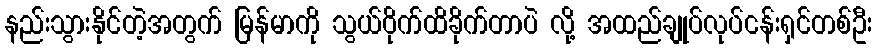
နည်းသွားနိုင်တဲ့အတွက် မြန်မာကို သွယ်ဝိုက်ထိခိုက်တာပဲ လို့ အထည်ချုပ်လုပ်ငန်းရှင်တစ်ဦး